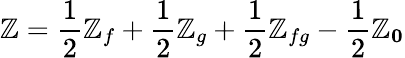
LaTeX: \mathbb{Z}={\frac{{1}}{{2}}}\mathbb{Z}_{f}+{\frac{{1}}{{2}}}\mathbb{Z}_{g}+{\frac{{1}}{{2}}}\mathbb{Z}_{fg}-{\frac{{1}}{{2}}}\mathbb{Z}_{\mathbf{0}}